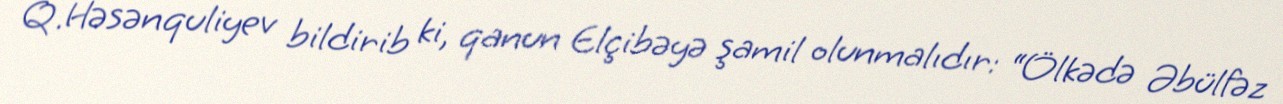
Q.Həsənquliyev bildirib ki, qanun Elçibəyə şamil olunmalıdır: “Ölkədə Əbülfəz